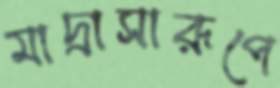
মাদ্রাসারূপে